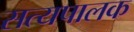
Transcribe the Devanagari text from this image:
सत्यपालक